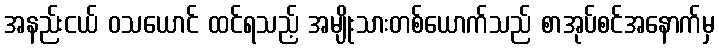
အနည်းငယ် ဝသယောင် ထင်ရသည့် အမျိုးသားတစ်ယောက်သည် စာအုပ်စင်အနောက်မှ